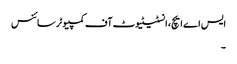
ایس اے ایچ، انسٹیٹیوٹ آف کمپیوٹر سائنس
۔